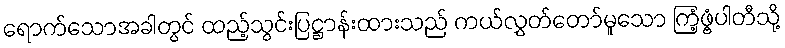
ရောက်သောအခါတွင် ထည့်သွင်းပြဋ္ဌာန်းထားသည် ကယ်လွှတ်တော်မူသော ကြံ့ဖွံ့ပါတီသို့